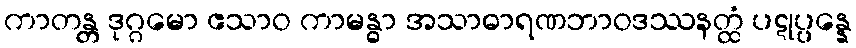
ကာတန္တ ဒုဂ္ဂမော ဧသာဝ ကာမန္ဓာ အသာဓာရဏဘာဝဒဿနတ္ထံ ပဋုပ္ပန္နေ